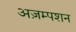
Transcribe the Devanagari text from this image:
अज़म्पशन